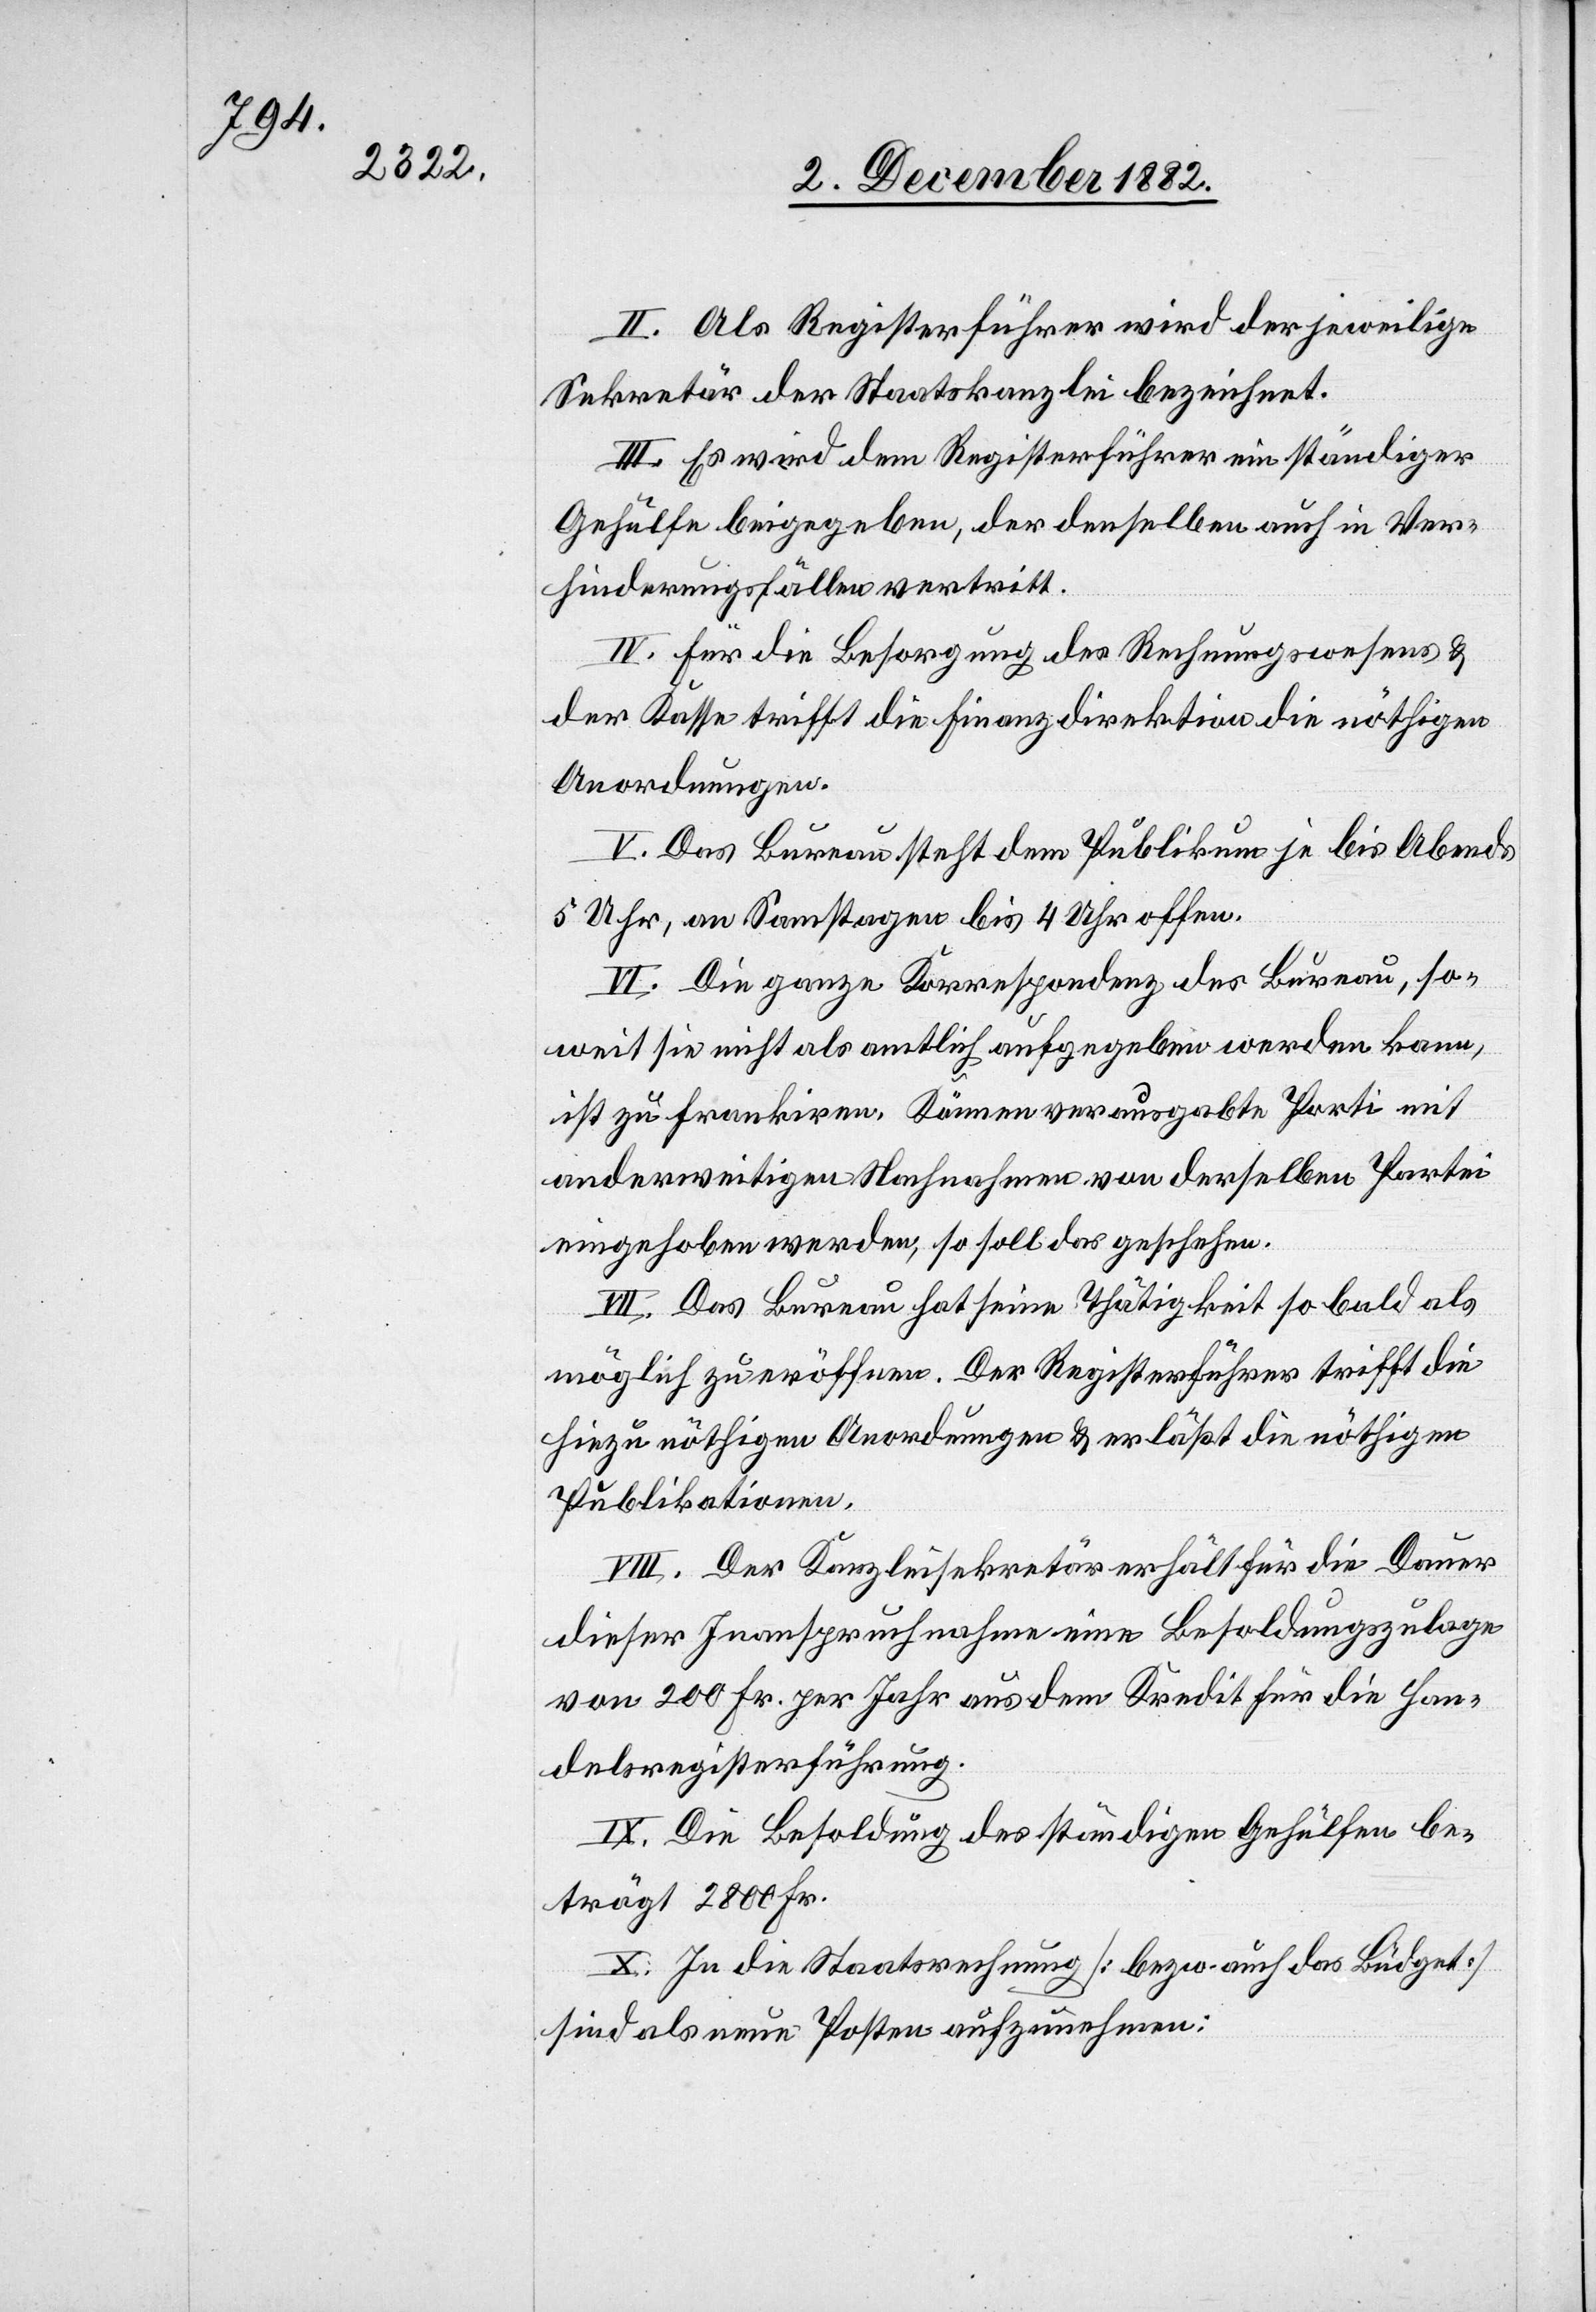
II. Als Registerführer wird der jeweilige
Sekretär der Staatskanzlei bezeichnet.
III. Es wird dem Registerführer ein ständiger
Gehülfe beigegeben, der denselben auch in Ver¬
hinderungsfällen vertritt.
IV. Für die Besorgung des Rechnungswesens &
der Kasse trifft die Finanzdirektion die nöthigen
Anordnungen.
V. Das Bureau steht dem Publikum je bis Abends
5 Uhr, an Samstagen bis 4 Uhr offen.
VI. Die ganze Korrespondenz des Bureau, so¬
weit sie nicht als amtlich aufgegeben werden kann,
ist zu frankiren. Können verausgabte Porti mit
anderweitigen Nachnahmen von derselben Partei
eingehoben werden, so soll das geschehen.
VII. Das Bureau hat seine Thätigkeit so bald als
möglich zu eröffnen. Der Registerführer trifft die
hiezu nöthigen Anordnungen & erläßt die nöthigen
Publikationen.
VIII. Der Kanzleisekretär erhält für die Dauer
dieser Inanspruchnahme eine Besoldungszulage
von 200 Fr. per Jahr aus dem Kredit für die Han¬
delsregisterführung.
IX. Die Besoldung des ständigen Gehülfen be¬
trägt 2800 Fr.
X. In die Staatsrechnung [bezw. auch das Büdget]
sind als neue Posten aufzunehmen: